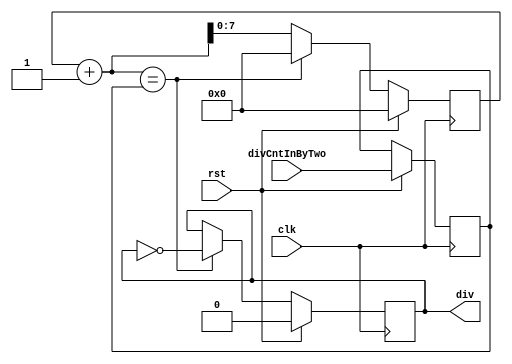
module my_clk_div #(
    parameter BIN_SIZE = 8
)(
    input wire rst,
    input wire clk,
    input wire [BIN_SIZE - 1:0] divCntInByTwo, //        
    output reg div
);

    reg [BIN_SIZE - 1:0] divReg;
    reg [BIN_SIZE - 1:0] divCntByTwo;

    always @(posedge clk) begin
        if(rst) begin
            divCntByTwo <= divCntInByTwo;
            divReg <= 0;
            div <= 0;
        end
        else begin
            if(divReg + 1 == divCntByTwo) begin
                divReg <= 0;
                div <= ~div;
            end
            else
                divReg <= divReg + 1;
        end
    end

endmodule